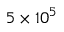
5 \times 1 0 ^ { 5 }